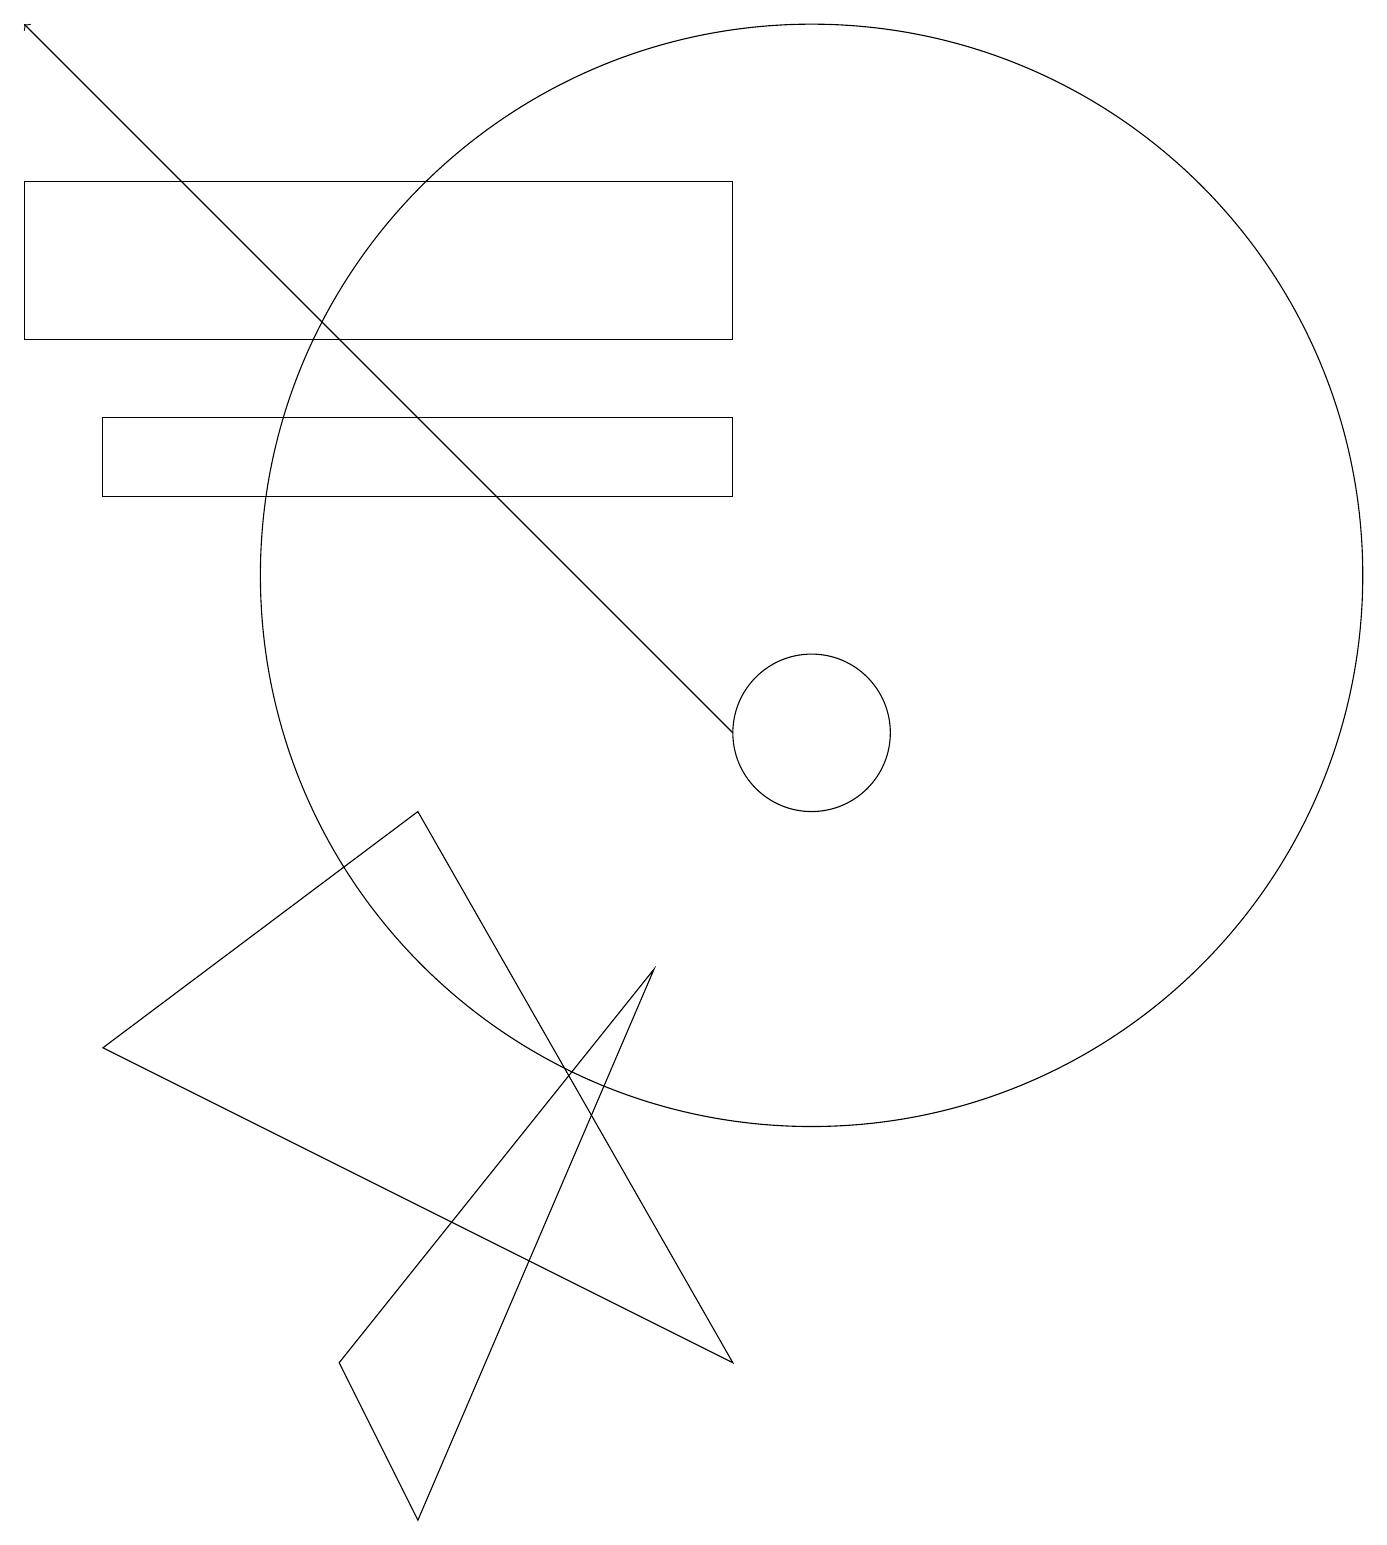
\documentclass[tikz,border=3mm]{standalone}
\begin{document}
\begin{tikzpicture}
\draw[->] (9,10) -- (0,19);
\draw (1,6) -- (9,2) -- (5,9) -- cycle;
\draw (9,14) rectangle (1,13);
\draw (10,12) circle (7);
\draw (9,17) rectangle (0,15);
\draw (4,2) -- (8,7) -- (5,0) -- cycle;
\draw (10,10) circle (1);
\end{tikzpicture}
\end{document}